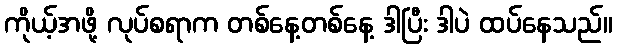
ကိုယ့်အဖို့ လုပ်စရာက တစ်နေ့တစ်နေ့ ဒါပြီး ဒါပဲ ထပ်နေသည်။